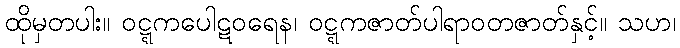
ထိုမှတပါး။ ဝဋ္ဋကပေါဋဝရေန၊ ဝဋ္ဋကဇာတ်ပါရာဝတဇာတ်နှင့်။ သဟ၊